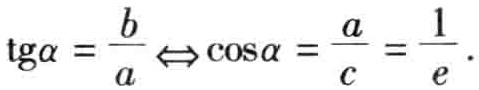
\(\text{tg}\alpha = \frac{b}{a} \Leftrightarrow \cos\alpha = \frac{a}{c} = \frac{1}{e}\)